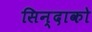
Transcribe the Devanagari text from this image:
सिन्दाको